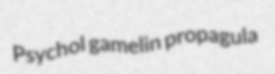
Psychol gamelin propagula